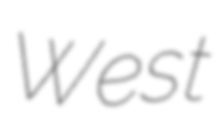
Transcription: West